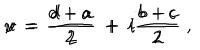
LaTeX: u \, = \, \frac { d + a } { 2 } \; + \; i \frac { b - c } { 2 } \hspace { . 2 c m } , \hspace { . 2 c m } v \, = \, \frac { d - a } { 2 } \; + \; i \frac { b + c } { 2 } \; ,